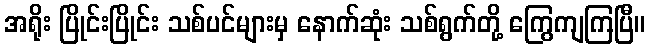
အရိုး ပြိုင်းပြိုင်း သစ်ပင်များမှ နောက်ဆုံး သစ်ရွက်တို့ ကြွေကျကြပြီ။